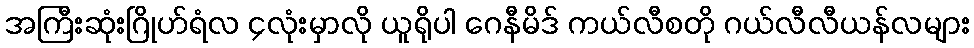
အကြီးဆုံးဂြိုဟ်ရံလ ၄လုံးမှာလို ယူရိုပါ ဂေနီမိဒ် ကယ်လီစတို ဂယ်လီလီယန်လများ